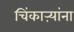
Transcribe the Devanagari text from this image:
चिंकाऱ्यांना